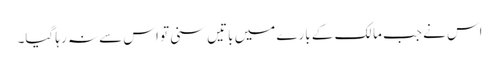
اس نے جب مالک کے بارے میں باتیں سنی تو اس سے نہ رہا گیا۔